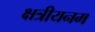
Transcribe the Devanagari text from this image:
क्षत्रीयनम